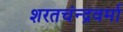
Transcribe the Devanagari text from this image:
शरतचंन्द्रवर्मा